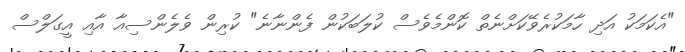
"އެކަމަކު އަދި ހާމަކުރެވޭކަށްނެތް ކޮންމެވެސް ކުލަބަކުން ފެންނާނެ" ކުރިން ވެލެންސިއާ އާއި އީގަލްސް